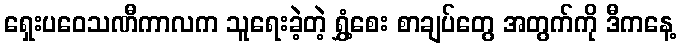
ရှေးပဝေသဏီကာလက သူရေးခဲ့တဲ့ ရွှံ့စေး စာချပ်တွေ အတွက်ကို ဒီကနေ့